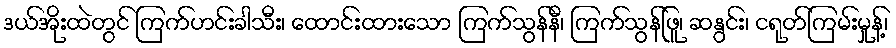
ဒယ်အိုးထဲတွင် ကြက်ဟင်းခါသီး၊ ထောင်းထားသော ကြက်သွန်နီ၊ ကြက်သွန်ဖြူ၊ ဆနွင်း၊ ငရုတ်ကြမ်းမှုန့်၊